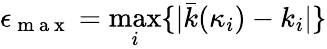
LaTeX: \epsilon_{\mathrm{~m~a~x~}}=\operatorname*{max}_{i}\{ |\bar{k}(\kappa_{i})-k_{i}|\}